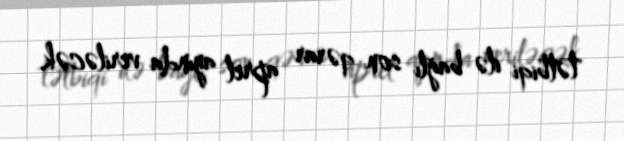
tətbiqi ilə bağlı son qərar aprel ayında veriləcək.